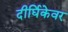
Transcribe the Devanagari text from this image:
दीर्घिकेवर